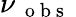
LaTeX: \nu_{\mathrm{~{~o~b~s~}~}}